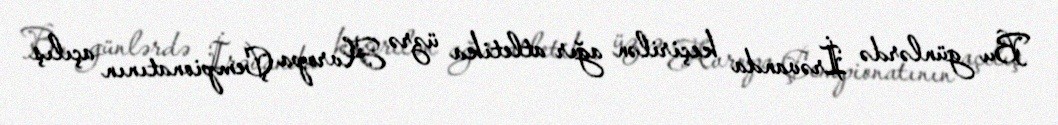
Bu günlərdə İrəvanda keçirilən ağır atletika üzrə Avropa Çempionatının açılış